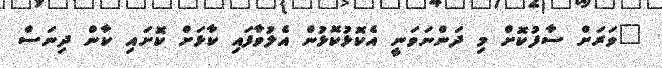
"ވަރަށް ސާފުކޮށް މި ދަންނަވަނީ އެކޮޅުކޮޅުން އެލުވާފައި ކާޅަށް ކޮށައި ކާން ދިނަސް